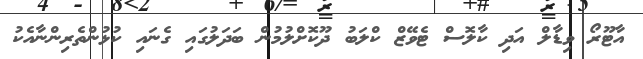
އާޓޫރޯ ވިޑާލް އަދި ކާލޮސް ޓެވޭޒް ކްލަބު ދޫކޮށްލުމުން ބަދަލުގައި ގެނައި ކުޅުންތެރިންނާއެކު